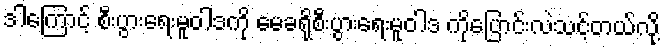
ဒါကြောင့် စီးပွားရေးမူဝါဒကို မေခရိုစီးပွားရေးမူဝါဒ ကိုပြောင်းလဲသင့်တယ်လို့